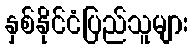
နှစ်နိုင်ငံပြည်သူများ